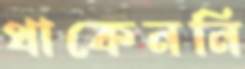
থাকেননি